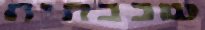
שכבתית